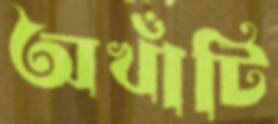
অখাঁটি